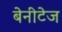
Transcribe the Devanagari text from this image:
बेनीटेज